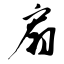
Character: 扇